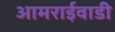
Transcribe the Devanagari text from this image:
आमराईवाडी